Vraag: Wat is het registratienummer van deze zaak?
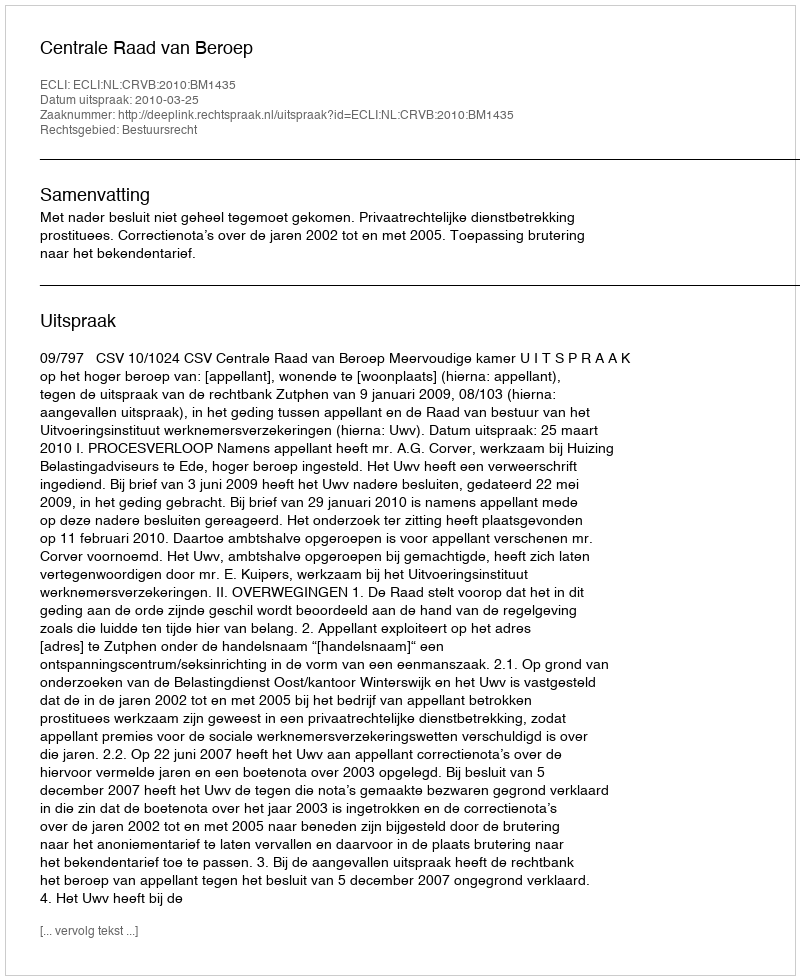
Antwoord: http://deeplink.rechtspraak.nl/uitspraak?id=ECLI:NL:CRVB:2010:BM1435